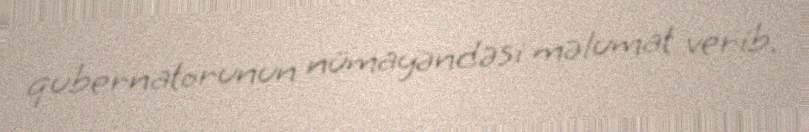
qubernatorunun nümayəndəsi məlumat verib.